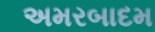
અમરબાદમ